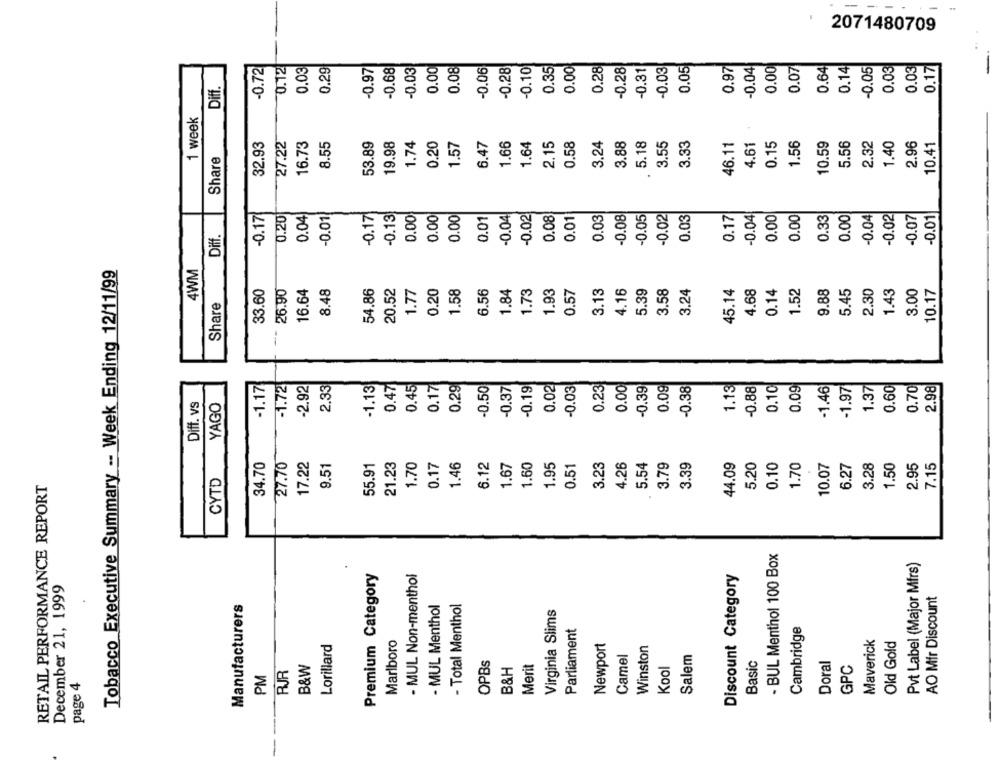
2071480709
-0.72
0.12
0.03
0.29
-0.97
-0.68
-0.03
0.00
0.08
-0.06
-0.28
0.10
0.35
0.00
0.28
-0.28
-0.31
-0.03
0.05
0.97
0.04
0.00
0.07
0.64
0.14
-0.05
0.03
0.03
0.17
Diff.
1 week
32.93
27.22
16.73
8.55
53.89
19.98
1.74
0.20
1.57
6.47
1.66
1.64
2.15
0.58
3.24
3.88
5.18
3.55
3.33
46.11
4.61
0.15
1.56
10.59
5.56
2.32
1.40
2.96
10.41
Share
-0.17
-0.13
0.00
0.04
-0.02
0.03
-0.08
-0.05
0.02
0.03
0.04
0.00
-0.04
0.02
-0.01
0.17
0.20
0.04
-0.01
0.00
0.00
0.01
0.08
0.01
0.17
0.00
0.00
0.33
0.07
Diff.
Tobacco Executive Summary -- Week Ending 12/11/99
4WM
33.60
26.90
16.64
8.48
54.86
20.52
1.77
1.58
6.56
1.93
3.13
4.16
5.39
3.24
45.14
4.68
1.52
9.88
5.45
1.43
3.00
10.17
0.20
1.84
1.73
0.57
3.58
0.14
2.30
Share
-1.72
-1.17
2.92
2.33
-1.13
0.47
0.45
0.17
0.29
0.50
-0.37
-0.19
0.02
-0.03
0.23
0.00
0.39
0.09
-0.38
1.13
0.88
0.10
0.09
-1.46
-1.97
1.37
0.60
0.70
2.98
Diff. vs
YAGO
34.70
27.70
17.22
9.51
55.91
21.23
1.70
0.17
1.46
6.12
1.67
1.60
1.95
0.51
3.23
4.26
5.54
3.79
3.39
44.09
5.20
0.10
1.70
10.07
6.27
3.28
1.50
2.95
7.15
CYTD
RETAIL PERFORMANCE REPORT
- BUL Menthol 100 Box
Pvt Label (Major Mfrs)
Premium Category
- MUL Non-menthol
Discount Category
December 21, 1999
- Total Menthol
AO Mir Discount
Manufacturers
- MUL Menthol
Virginia Slims
Parliament
Cambridge
Marlboro
Maverick
Old Gold
Lorillard
Newport
Winston
Camel
Salem
OPBs
Merit
Basic
Doral
PJR
B&W
B&H
Kool
GPC
PM
page 4